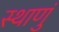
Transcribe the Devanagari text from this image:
स्थाणुं